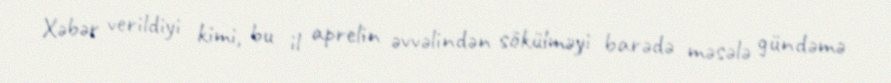
Xəbər verildiyi kimi, bu il aprelin əvvəlindən sökülməyi barədə məsələ gündəmə